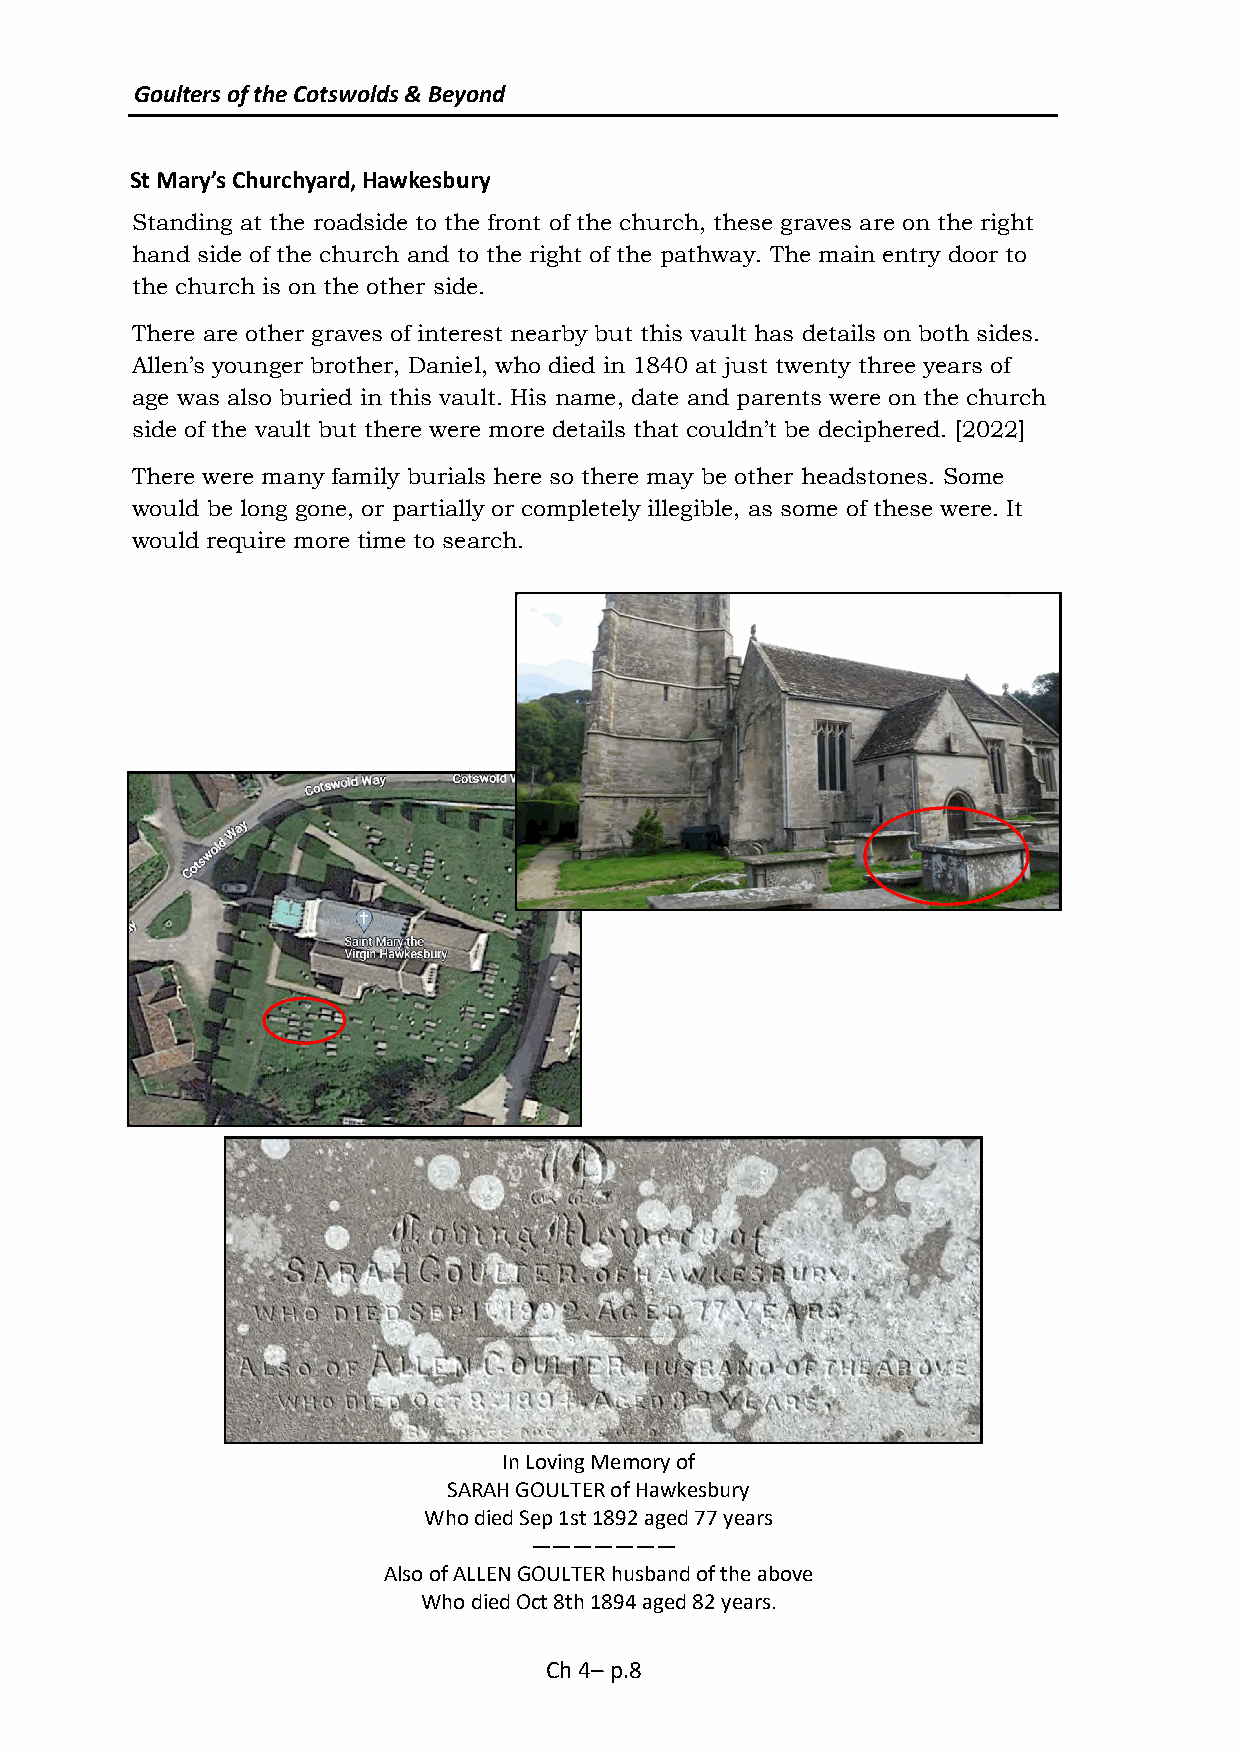
Goulters of the Cotswolds & Beyond
 St Mary’s Churchyard, Hawkesbury
 Standing at the roadside to the front of the church, these graves are on the right
 hand side of the church and to the right of the pathway. The main entry door to
 the church is on the other side.
 There are other graves of interest nearby but this vault has details on both sides.
 Allen’s younger brother, Daniel, who died in 1840 at just twenty three years of
 age was also buried in this vault. His name, date and parents were on the church
 side of the vault but there were more details that couldn’t be deciphered. [2022]
 There were many family burials here so there may be other headstones. Some
 would be long gone, or partially or completely illegible, as some of these were. It
 would require more time to search.
 In Loving Memory of
 SARAH GOULTER of Hawkesbury
 Who died Sep 1st 1892 aged 77 years
 ———————
 Also of ALLEN GOULTER husband of the above
 Who died Oct 8th 1894 aged 82 years.
 Ch 4– p.8